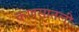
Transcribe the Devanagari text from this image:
कणसातली